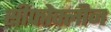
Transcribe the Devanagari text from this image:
सीफोक्लीज